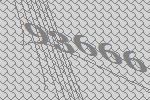
93666